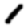
Digit: 1